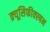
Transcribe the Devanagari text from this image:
क्र्यूसिफीक्स्षन